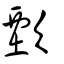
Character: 歅